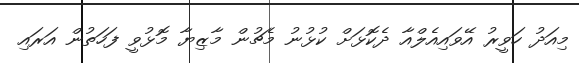
މިއަދު ހަވީރު އޭވައިއެލްއާ ދެކޮޅަށް ކުޅުނު މެޗުން މާޒިޔާ މޮޅުވީ ފަހަތުން އަރައި